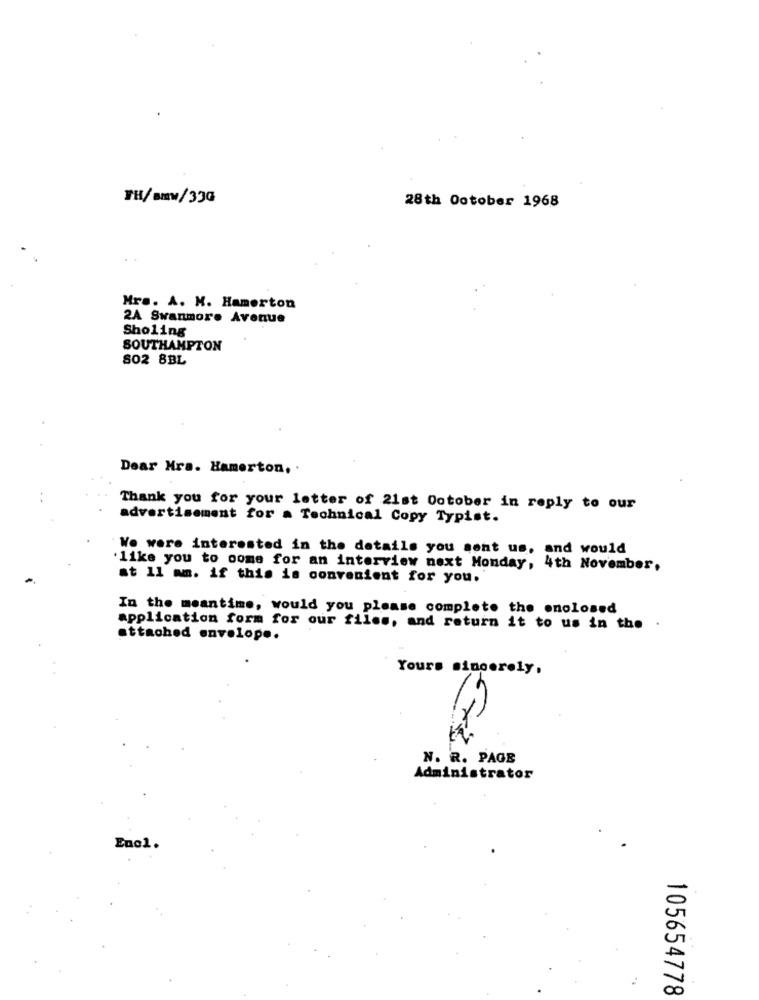
TH/BMW/33G
28th October 1968
Mrs. A. M. Hamerton
2A Swanmore Avenue
Sholing
SOUTHAMPTON
802 8BL
Dear Mra. Hamerton, .
Thank you for your letter of 21st October in reply to our
advertisement for . Technical Copy Typist.
Wo were interested in the details you sent us, and would
'like you to ooms for an interview next Monday, 4th November,
at 1l mm. if this is convenient for you.
In the meantime, would you please complete the onolosed
application form for our files, and return it to us in the
attached envelope.
Yours sincerely.
N. R. PAGE
Administrator
Enol.
A
00
105654778